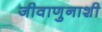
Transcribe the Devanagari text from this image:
जीवाणुनाशी